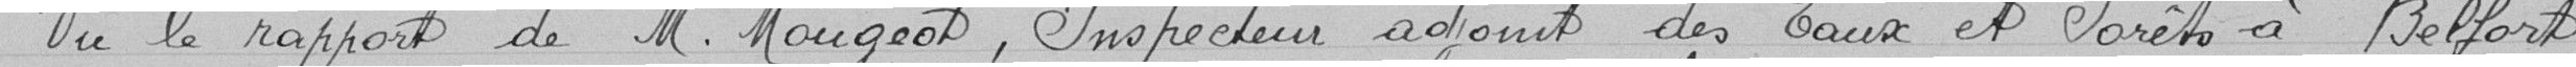
Vu le rapport de monsieur Mougeot, inspecteur adjoint des Eaux et Forêts à Belfort